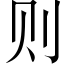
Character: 则